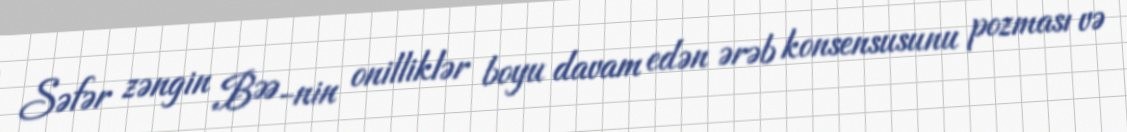
Səfər zəngin BƏƏ-nin onilliklər boyu davam edən ərəb konsensusunu pozması və